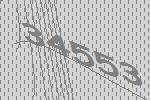
34553